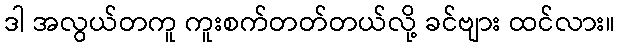
ဒါ အလွယ်တကူ ကူးစက်တတ်တယ်လို့ ခင်ဗျား ထင်လား။